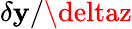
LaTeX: \delta\mathbf{y}/\deltaz